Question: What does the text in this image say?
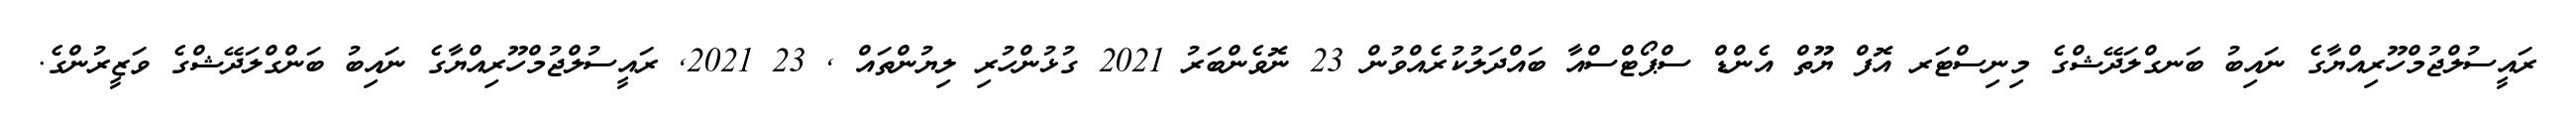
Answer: ރައީސުލްޖުމްހޫރިއްޔާގެ ނައިބު ބަނގްލަދޭޝްގެ މިނިސްޓަރ އޮފް ޔޫތް އެންޑް ސްޕޯޓްސްއާ ބައްދަލުކުރެއްވުން 23 ނޮވެންބަރު 2021 ގުޅުންހުރި ލިޔުންތައް , 23 2021, ރައީސުލްޖުމްހޫރިއްޔާގެ ނައިބު ބަންގްލަދޭޝްގެ ވަޒީރުންގެ.